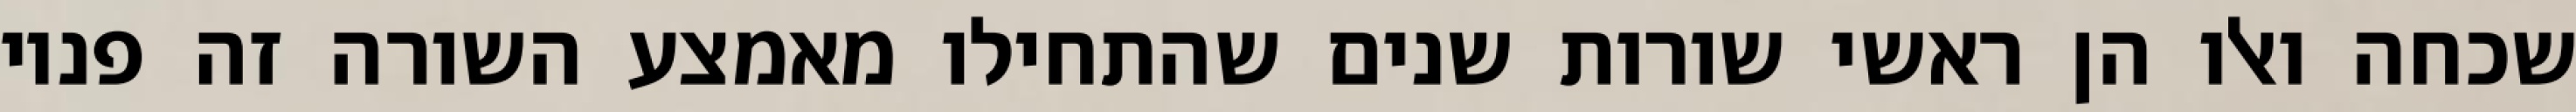
שכחה ואלו הן ראשי שורות שנים שהתחילו מאמצע השורה זה פניו